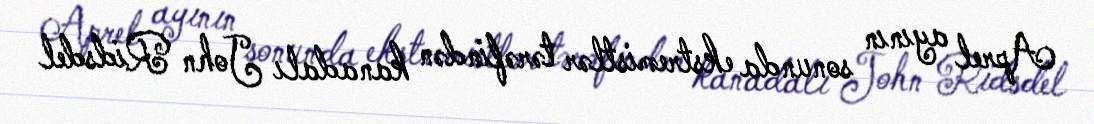
Aprel ayının sonunda ekstremistlər tərəfindən kanadalı John Ridsdel